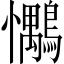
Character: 𢥶